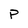
Character: P